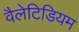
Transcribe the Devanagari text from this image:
वैलेटिडियम